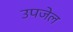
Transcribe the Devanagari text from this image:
उपजेल